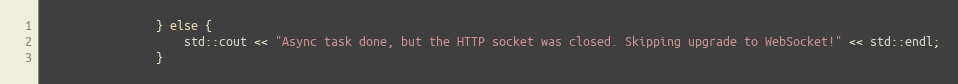
Language: C++
                } else {
                    std::cout << "Async task done, but the HTTP socket was closed. Skipping upgrade to WebSocket!" << std::endl;
                }